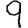
Digit: 9